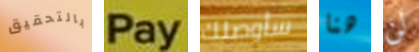
بالتحقيق Pay سأوصلك هنا لن